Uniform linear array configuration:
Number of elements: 64
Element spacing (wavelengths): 0.75
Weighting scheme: hamming
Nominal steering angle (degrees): -45
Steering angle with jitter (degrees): -45.586
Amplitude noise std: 0.05
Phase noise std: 0.05

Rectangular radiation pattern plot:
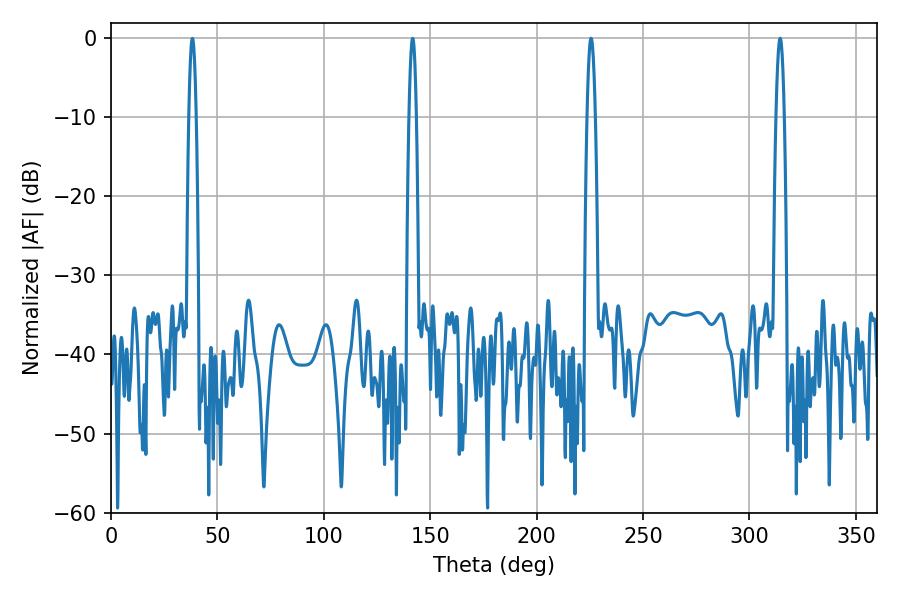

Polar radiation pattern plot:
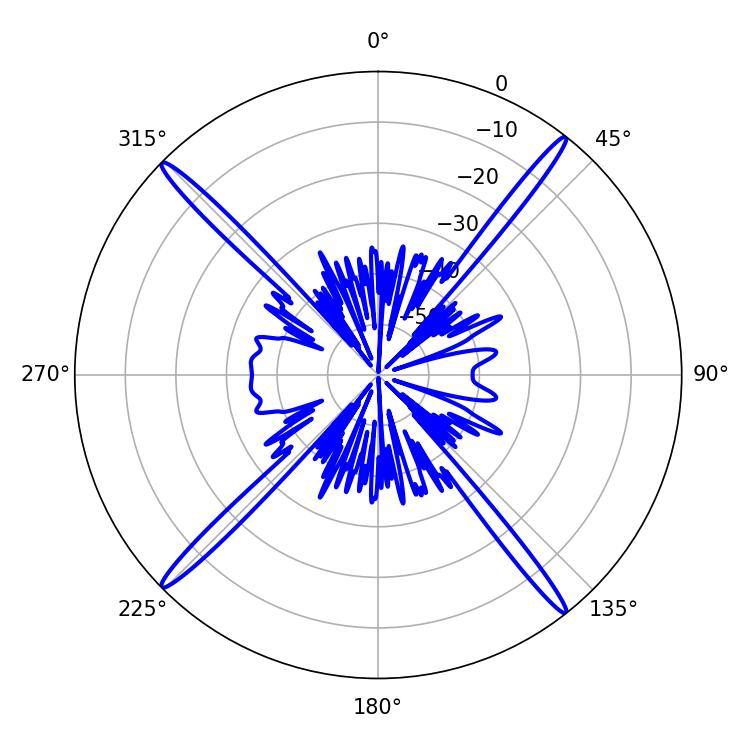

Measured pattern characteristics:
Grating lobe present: TRUE
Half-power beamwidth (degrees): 1.98
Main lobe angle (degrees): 225.54